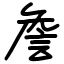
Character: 詹